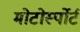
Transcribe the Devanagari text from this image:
मोटोर्स्पोर्ट